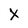
Character: X